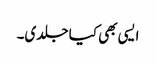
ایسی بھی کیا جلدی۔